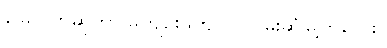
မြေလတ်ဆိုတာ မကျဉ်းမကျယ် လမ်းဆုံမြို့ကလေး။